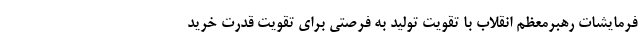
فرمایشات رهبرمعظم انقلاب با تقویت تولید به فرصتی برای تقویت قدرت خرید